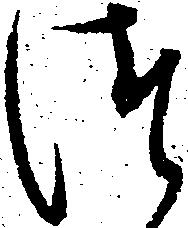
つ